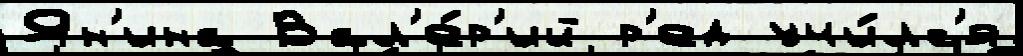
Ян'ина Вал'е́р'ий р'ед учи́лс'я